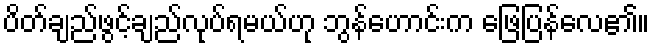
ပိတ်ချည်ဖွင့်ချည်လုပ်ရမယ်ဟု ဘွန်ဟောင်းက ဖြေပြန်လေ၏။